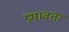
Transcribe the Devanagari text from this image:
प्रभावता